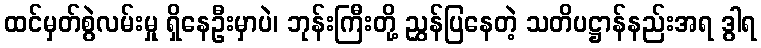
ထင်မှတ်စွဲလမ်းမှု ရှိနေဦးမှာပဲ၊ ဘုန်းကြီးတို့ ညွှန်ပြနေတဲ့ သတိပဋ္ဌာန်နည်းအရ ဒွါရ